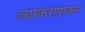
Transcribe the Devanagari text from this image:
व्याकरणाकर